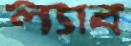
ল্যাব